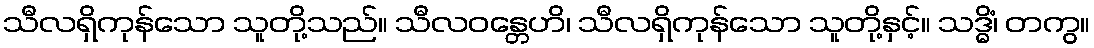
သီလရှိကုန်သော သူတို့သည်။ သီလဝန္တေဟိ၊ သီလရှိကုန်သော သူတို့နှင့်။ သဒ္ဓိံ၊ တကွ။